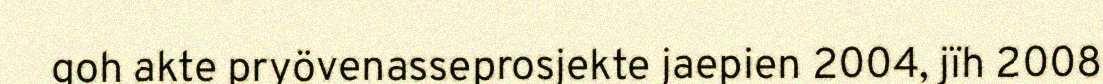
goh akte pryövenasseprosjekte jaepien 2004, jïh 2008